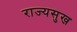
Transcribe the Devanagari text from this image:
राज्यसुख